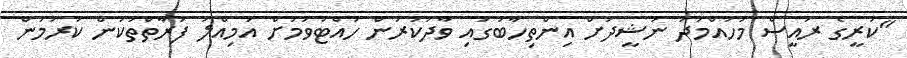
"ކުރީގެ ރައީސް މުހައްމަދު ނަޝީދަށް އިންތިހާބުގައި ވާދަކުރުން ހުއްޓުވުމަށް އަމިއްލަ ފަރާތްތަކުން ކުރަމުން